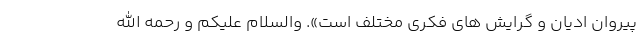
پیروان ادیان و گرایش های فکری مختلف است». والسلام علیکم و رحمه الله